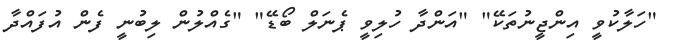
"ހަލާކުވީ އިންޖީނުތަކޭ" "އަންދާ ހުލިވީ ޕެނަލް ބޯޑޭ" "ގެއްލުން ލިބުނީ ފެން އުފައްދާ